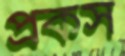
প্রকস